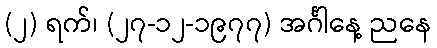
(၂) ရက်၊ (၂၇-၁၂-၁၉၇၇) အင်္ဂါနေ့ ညနေ